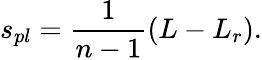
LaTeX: s_{pl}=\frac{1}{n-1}(L-L_{r}).